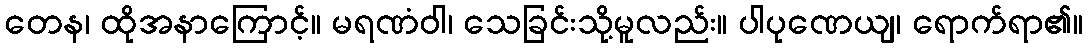
တေန၊ ထိုအနာကြောင့်။ မရဏံဝါ၊ သေခြင်းသို့မူလည်း။ ပါပုဏေယျ၊ ရောက်ရာ၏။